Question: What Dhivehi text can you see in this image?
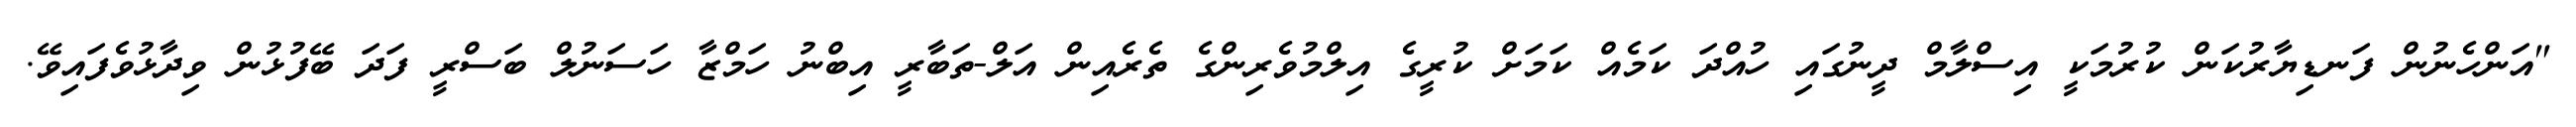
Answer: "އަންހެނުން ފަނޑިޔާރުކަން ކުރުމަކީ އިސްލާމް ދީނުގައި ހުއްދަ ކަމެއް ކަމަށް ކުރީގެ އިލްމުވެރިންގެ ތެރެއިން އަލް-ތަބާރީ އިބްނު ހަމްޒާ ހަސަނުލް ބަސްރީ ފަދަ ބޭފުޅުން ވިދާޅުވެފައިވޭ.